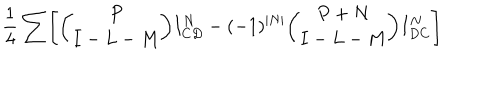
{ \frac { 1 } { 4 } } \sum \Biggl [ { \binom { P } { I - L - M } } I _ { C D } ^ { N } - ( - 1 ) ^ { \vert N \vert } { \binom { P + N } { I - L - M } } I _ { D C } ^ { N } \Biggr ]